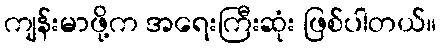
ကျန်းမာဖို့က အရေးကြီးဆုံး ဖြစ်ပါတယ်။